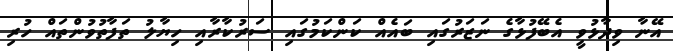
އޭނާ ވިދާޅުވީ އެބޭފުޅާގެ ނަޒަރުގައި ބައެއް ކަންކަމުގައި ސަރުކާރާއި ހިޔާލު ތަފާތުވުންތައް ހުރި